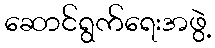
ဆောင်ရွက်ရေးအဖွဲ့